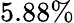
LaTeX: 5.88\%